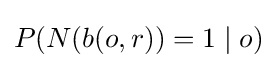
\textstyle P({N}(b(o,r))=1\mid o)